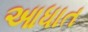
આધાત